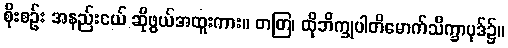
စိုးစဉ်း အနည်းငယ် ဆိုဖွယ်အထူးကား။ တတြ၊ ထိုဘိက္ခုပါတိမောက်သိက္ခာပုဒ်၌။